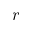
r